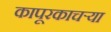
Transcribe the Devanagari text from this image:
कापूरकाचऱ्या